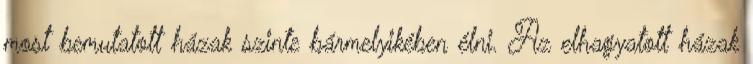
most bemutatott házak szinte bármelyikében élni. Az elhagyatott házak